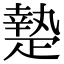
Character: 𤴢